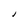
Character: I